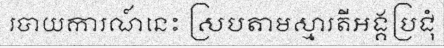
របាយការណ៍នេះ ស្របតាមស្មារតីអង្គប្រជុំ